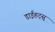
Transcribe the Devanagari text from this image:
डाईहट्सू